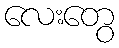
လေးတွေ